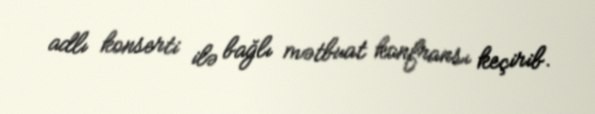
adlı konserti ilə bağlı mətbuat konfransı keçirib.